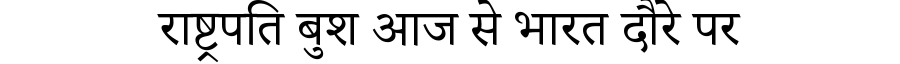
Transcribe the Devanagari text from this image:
राष्ट्रपति बुश आज से भारत दौरे पर